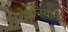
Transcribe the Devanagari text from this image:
ज्ञानियाने